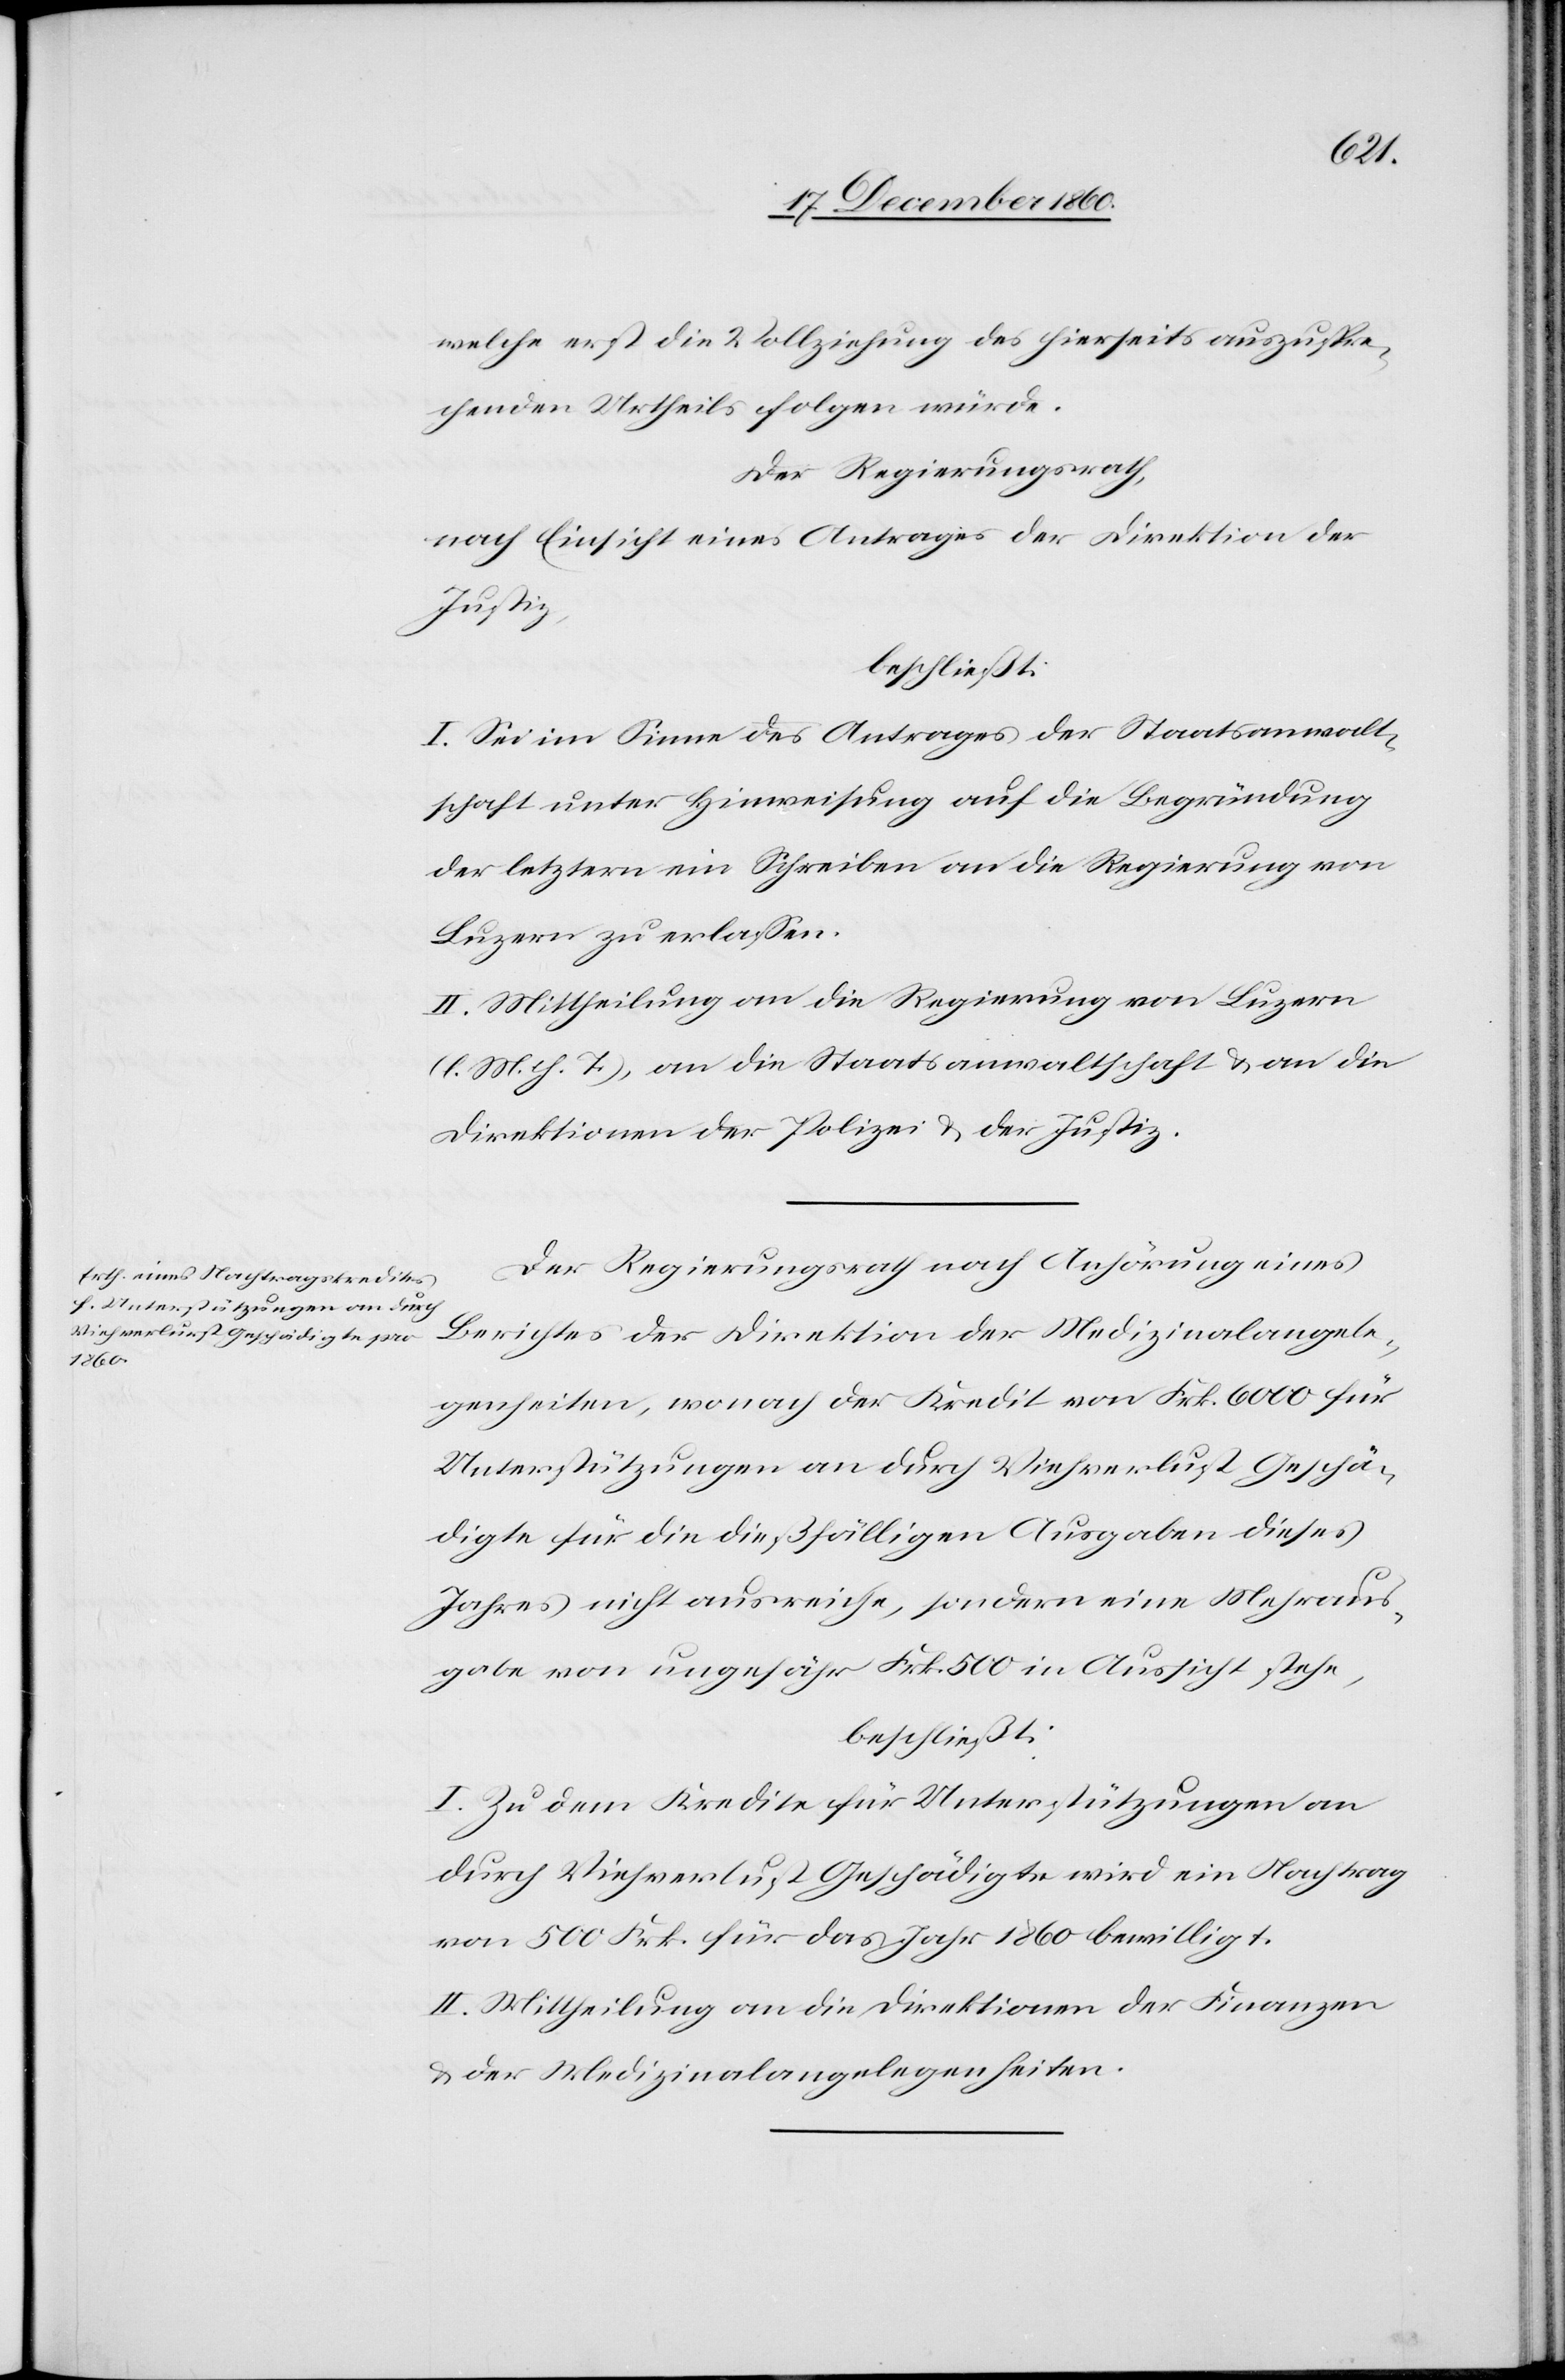
welche erst die 2 Vollziehung des hierseits auszuspre¬
chenden Urtheils folgen würde.
Der Regierungsrath,
nach Einsicht eines Antrages der Direktion der
Justiz,
I. Sei im Sinne des Antrages der Staatsanwalt¬
schaft unter Hinweisung auf die Begründung
der letztern ein Schreiben an die Regierung von
Luzern zu erlassen.
II. Mittheilung an die Regierung von Luzern
(l. M. h. T.), an die Staatsanwaltschaft u. an die
Direktionen der Polizei u. der Justiz.
Der Regierungsrath nach Anhörung eines
Berichtes der Direktion der Medizinalangele¬
genheiten, wonach der Kredit von Frk. 6000 für
Unterstützungen an durch Viehverlust Geschä¬
digte für die dießfälligen Ausgaben dieses
Jahres nicht ausreiche, sondern eine Mehraus¬
gabe von ungefähr Frk. 500 in Aussicht stehe,
beschließt:
I. Zu dem Kredite für Unterstützungen an
durch Viehverlust Geschädigte wird ein Nachtrag
von 500 Frk. für das Jahr 1860 bewilligt.
II. Mittheilung an die Direktionen der Finanzen
u. der Medizinalangelegenheiten.